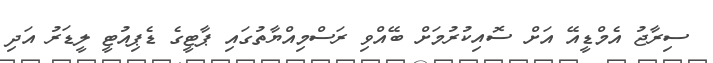
ސިރާޖު އެމްޑީއޭ އަށް ސޮއިކުރުމަށް ބޭއްވި ރަސްމިއްޔާތުގައި ޕާޓީގެ ޑެޕިއުޓީ ލީޑަރު އަދި